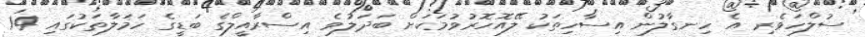
ސުލްހަވެރި އެ ހިނގާލުން އިސާހިތަކު ލޭއޮހޮރުވުމަކަށް ބަދަލުވެ އިސްރާއީލްގެ ބަޑީގެ ހަމަލާތަކުގައި 14